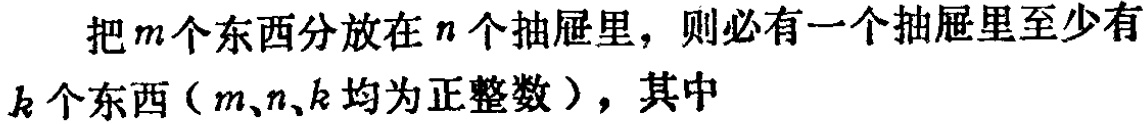
把\(m\)个东西分放在\(n\)个抽屉里，则必有一个抽屉里至少有\(k\)个东西（\(m\)、\(n\)、\(k\)均为正整数），其中